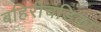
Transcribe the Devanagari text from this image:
बहिरीचंडिका